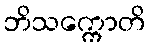
ဘိသက္ကောတိ